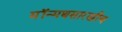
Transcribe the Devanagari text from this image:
मॉन्मथसारखीच